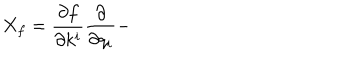
X _ { f } = \frac { \partial f } { \partial k ^ { i } } \frac { \partial } { \partial q _ { i } } -